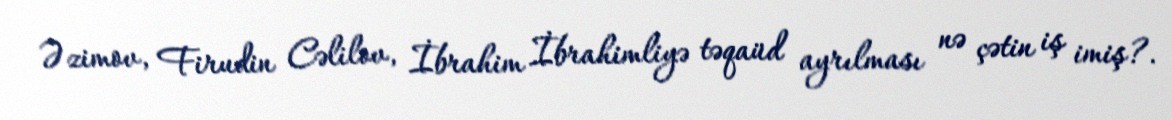
Əzimov, Firudin Cəlilov, İbrahim İbrahimliyə təqaüd ayrılması nə çətin iş imiş?.